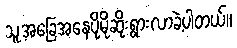
သူ့အခြေအနေပိုမိုဆိုးရွားလာခဲ့ပါတယ်။